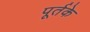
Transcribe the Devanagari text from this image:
पूर्तके